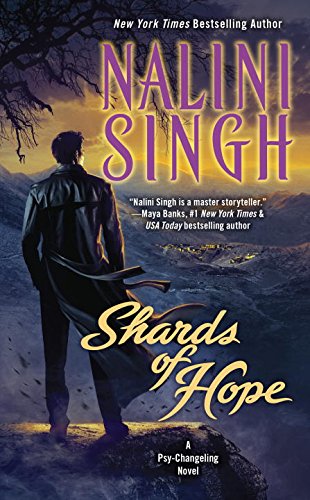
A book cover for Shards of Hope: A Psy-Changeling Novel; Nalini Singh; Romance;